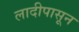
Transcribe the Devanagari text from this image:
लादीपासून